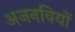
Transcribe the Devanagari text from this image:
अजनवियों